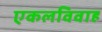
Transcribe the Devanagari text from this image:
एकलविवाह